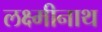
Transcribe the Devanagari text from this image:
लक्ष्मीनाथ